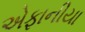
એફાનીયા